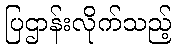
ပြဌာန်းလိုက်သည့်